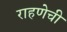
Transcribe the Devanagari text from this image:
राहणेची